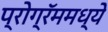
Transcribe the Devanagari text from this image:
प्रोग्रॅममध्ये